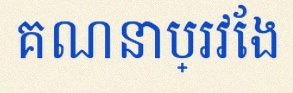
គណនាប្រវែង